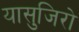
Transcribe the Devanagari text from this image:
यासुजिरो